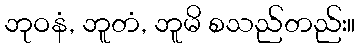
ဘုဝနံ, ဘူတံ, ဘူမိ စသည်တည်း။